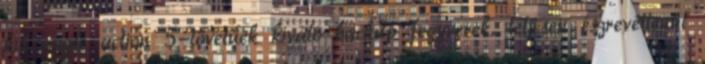
kis single action 5-lövetűek kiváló backup fegyverek, teljesen észrevétlenül